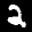
Label: 2